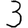
Digit: 3